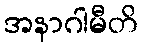
အနာဂါမီတိ